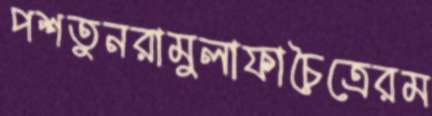
পশতুনরামুলাফাচৈত্রেরম